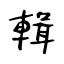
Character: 輯